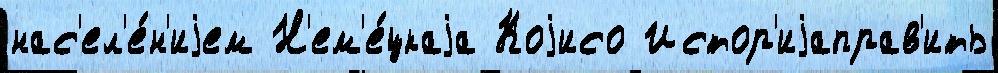
нас'ел'е́н'иjем Н'ем'е́цкаjа Коjисо Истор'иjаправ'ить